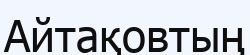
Айтақовтың